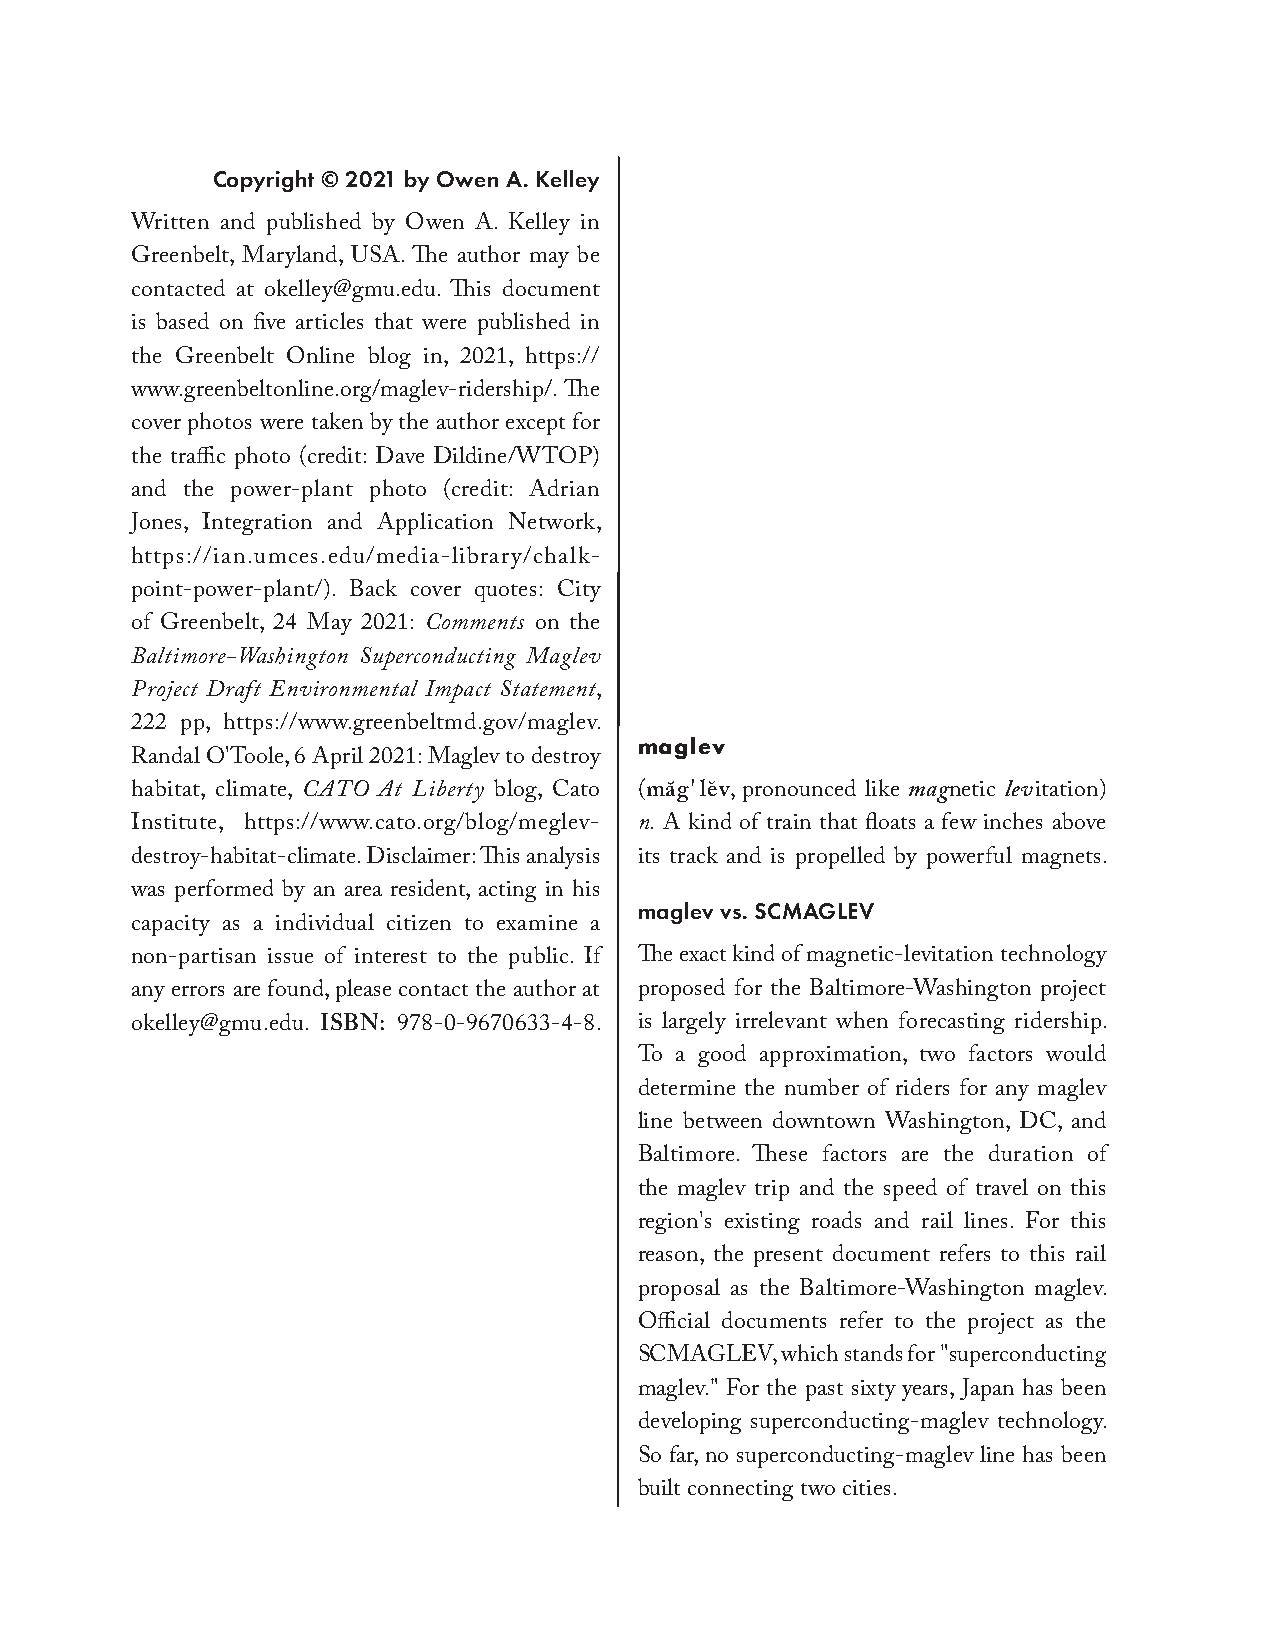
Copyright © 2021 by Owen A. Kelley
 Written and published by Owen A. Kelley in
 Greenbelt, Maryland, USA. The author may be
 contacted at okelley@gmu.edu. This document
 is based on five articles that were published in
 the Greenbelt Online blog in, 2021, https://
 www.greenbeltonline.org/maglev-ridership/. The
 cover photos were taken by the author except for
 the traffic photo (credit: Dave Dildine/WTOP)
 and the power-plant photo (credit: Adrian
 Jones, Integration and Application Network,
 https://ian.umces.edu/media-library/chalk-
 point-power-plant/). Back cover quotes: City
 of Greenbelt, 24 May 2021: Comments on the
 Baltimore-Washington Superconducting Maglev
 Project Draft Environmental Impact Statement,
 222 pp, https://www.greenbeltmd.gov/maglev.
 maglev
 Randal O'Toole, 6 April 2021: Maglev to destroy
 habitat, climate, CATO At Liberty blog, Cato (măg' le˘v, pronounced like magnetic levitation)
 Institute, https://www.cato.org/blog/meglev- n. A kind of train that floats a few inches above
 destroy-habitat-climate. Disclaimer: This analysis its track and is propelled by powerful magnets.
 was performed by an area resident, acting in his
 maglev vs. SCMAGLEV
 capacity as a individual citizen to examine a
 non-partisan issue of interest to the public. If The exact kind of magnetic-levitation technology
 any errors are found, please contact the author at proposed for the Baltimore-Washington project
 okelley@gmu.edu. ISBN: 978-0-9670633-4-8. is largely irrelevant when forecasting ridership.
 To a good approximation, two factors would
 determine the number of riders for any maglev
 line between downtown Washington, DC, and
 Baltimore. These factors are the duration of
 the maglev trip and the speed of travel on this
 region's existing roads and rail lines. For this
 reason, the present document refers to this rail
 proposal as the Baltimore-Washington maglev.
 Official documents refer to the project as the
 SCMAGLEV, which stands for "superconducting
 maglev." For the past sixty years, Japan has been
 developing superconducting-maglev technology.
 So far, no superconducting-maglev line has been
 built connecting two cities.